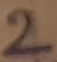
Text: 2